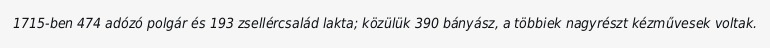
1715-ben 474 adózó polgár és 193 zsellércsalád lakta; közülük 390 bányász, a többiek nagyrészt kézművesek voltak.